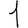
Digit: 1